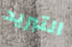
التبريد